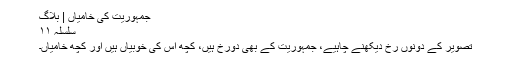
﻿ ﻿ جمہوریت کی خامیاں | بلاگ
سلسلہ ۱۱
تصویر کے دونوں رخ دیکھنے چاہیے، جمہوریت کے بھی دورخ ہیں، کچھ اس کی خوبیاں ہیں اور کچھ خامیاں۔